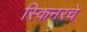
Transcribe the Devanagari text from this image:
स्किनरचे